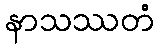
နာသဿတံ